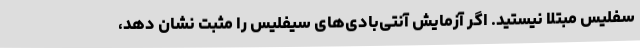
سفلیس مبتلا نیستید. اگر آزمایش آنتی‌بادی‌های سیفلیس را مثبت نشان دهد،